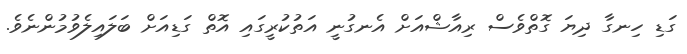
ގަޑި ހިނގާ ދިޔަ ގޮތްވެސް ރިއާޝްއަށް އެނގުނީ އަތުކުރީގައި އޮތް ގަޑިއަށް ބަލައިލެވުމުންނެވެ.